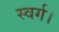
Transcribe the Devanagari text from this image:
स्वर्ग।